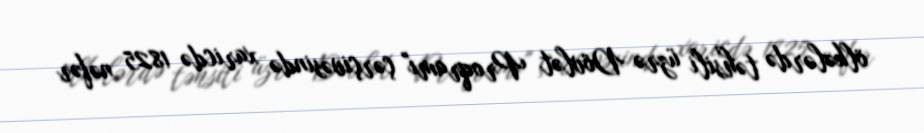
ölkələrdə təhsili üzrə Dövlət Proqramı" çərçivəsində xaricdə 1825 nəfər